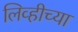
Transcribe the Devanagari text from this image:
लिव्हीच्या